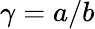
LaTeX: \gamma=a/b